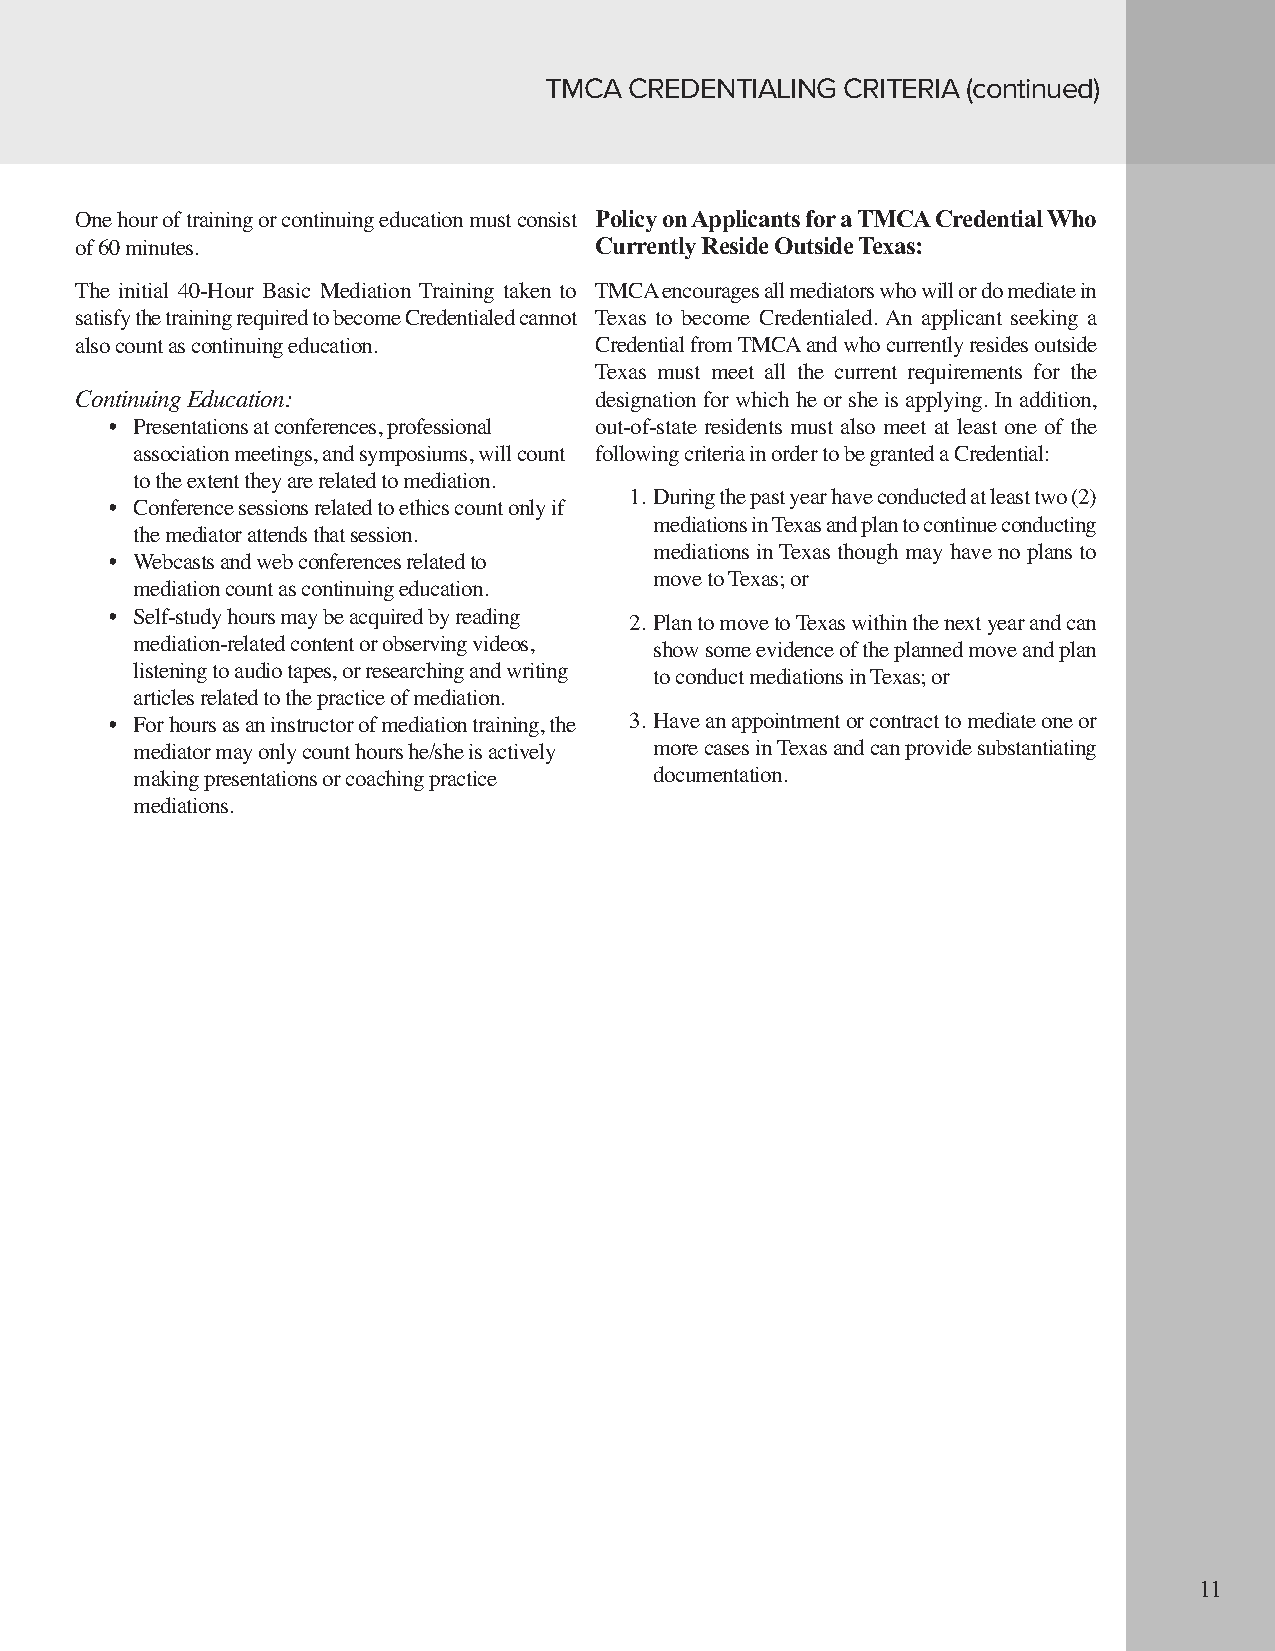
TMCA  CREDENTIALING CRITERIA (continued)
 Policy on Applicants for a TMCA Credential Who
 One hour of training or continuing education must consist
 Currently Reside Outside Texas:
 of 60 minutes.
 The initial 40-Hour Basic Mediation Training taken to TMCA encourages all mediators who will or do mediate in
 satisfy the training required to become Credentialed cannot Texas to become Credentialed. An applicant seeking a
 also count as continuing education. Credential from TMCA and who currently resides outside
 Texas must meet all the current requirements for the
 Continuing Education:             designation for which he or she is applying. In addition,
 • Presentations at conferences, professional out-of-state residents must also meet at least one of the
 association meetings, and symposiums, will count following criteria in order to be granted a Credential:
 to the extent they are related to mediation.
 1. During the past year have conducted at least two (2)
 • Conference sessions related to ethics count only if
 mediations in Texas and plan to continue conducting
 the mediator attends that session.
 mediations in Texas though may have no plans to
 • Webcasts and web conferences related to
 move to Texas; or
 mediation count as continuing education.
 • Self-study hours may be acquired by reading 2. Plan to move to Texas within the next year and can
 mediation-related content or observing videos, show some evidence of the planned move and plan
 listening to audio tapes, or researching and writing to conduct mediations in Texas; or
 articles related to the practice of mediation.
 • For hours as an instructor of mediation training, the 3. Have an appointment or contract to mediate one or
 mediator may only count hours he/she is actively more cases in Texas and can provide substantiating
 making presentations or coaching practice documentation.
 mediations.
 11